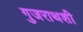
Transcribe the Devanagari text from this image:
गुजराथशी